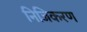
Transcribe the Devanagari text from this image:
निजिकरण